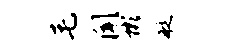
毛闻彬艇